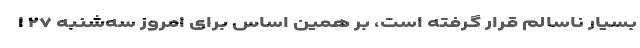
بسیار ناسالم قرار گرفته است، بر همین اساس برای امروز سه‌شنبه ۲۷ ا